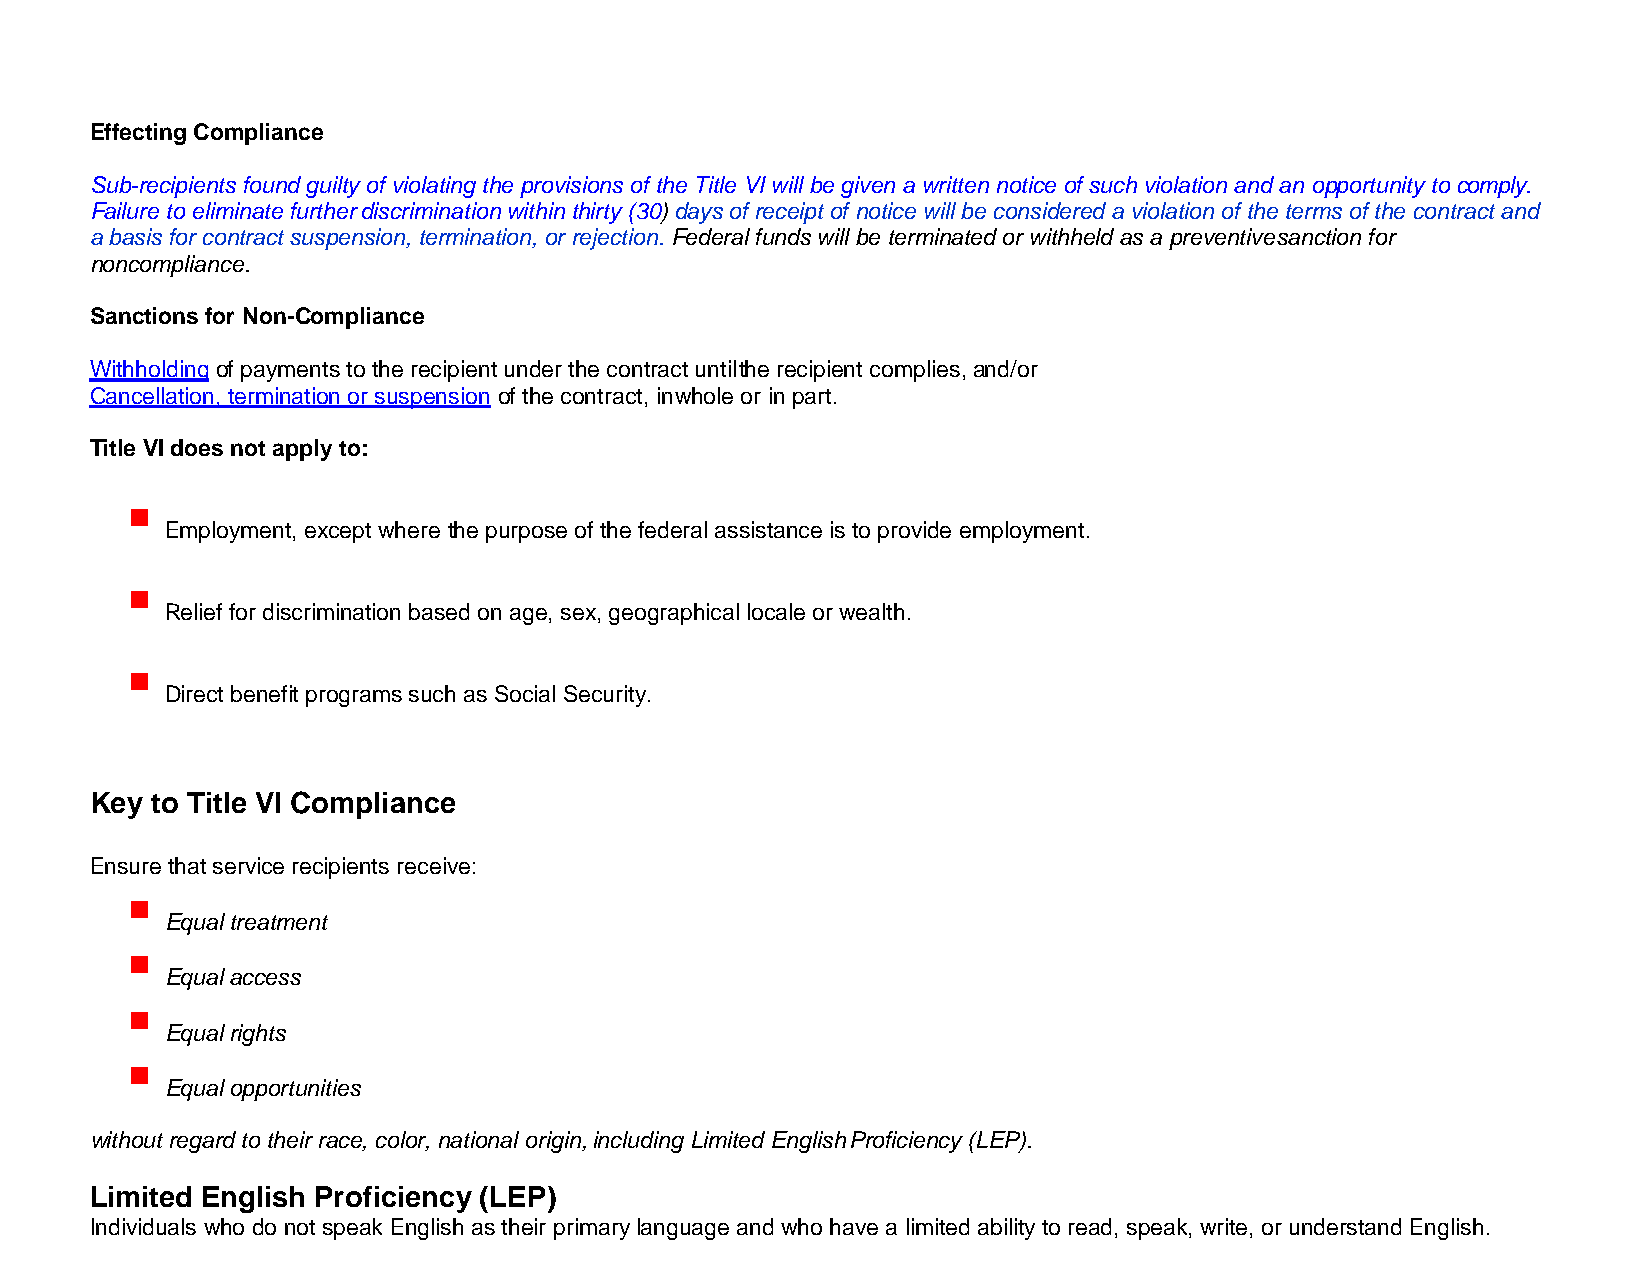
Effecting Compliance
 Sub-recipients found guilty of violating the provisions of the Title VI will be given a written notice of such violation and an opportunity to comply.
 Failure to eliminate further discrimination within thirty (30) days of receipt of notice will be considered a violation of the terms of the contract and
 a basis for contract suspension, termination, or rejection. Federal funds will be terminated or withheld as a preventive sanction for
 noncompliance.
 Sanctions for Non-Compliance
 Withholding of payments to the recipient under the contract until the recipient complies, and/or
 Cancellation, termination or suspension of the contract, in whole or in part.
 Title VI does not apply to:
 
 Employment, except where the purpose of the federal assistance is to provide employment.
 
 Relief for discrimination based on age, sex, geographical locale or wealth.
 
 Direct benefit programs such as Social Security.
 Key to Title VI Compliance
 Ensure that service recipients receive:
 
 Equal treatment
 
 Equal access
 
 Equal rights
 
 Equal opportunities
 without regard to their race, color, national origin, including Limited English Proficiency (LEP).
 Limited English Proficiency (LEP)
 Individuals who do not speak English as their primary language and who have a limited ability to read, speak, write, or understand English.